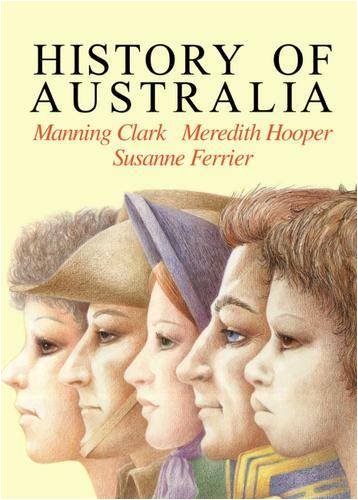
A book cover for History of Australia; Manning Clark; Children's Books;